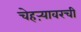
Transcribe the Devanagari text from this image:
चेहऱ्यावरची